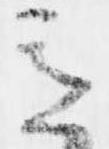
意